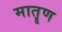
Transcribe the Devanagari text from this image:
मातॄण